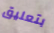
بتعليق